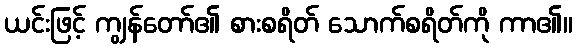
ယင်းဖြင့် ကျွန်တော်၏ စားစရိတ် သောက်စရိတ်ကို ကာ၏။